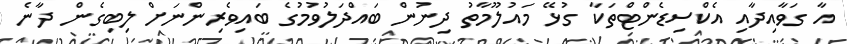
އާ ގަވާއިދާއި އެކްސިޑެންޓްތަކާ ގުޅޭ މައުލޫމާތު ދިނުން ބައްދަލުވުމުގެ ބައިވެރިންނަށް ލިބިގެން ދާނެ